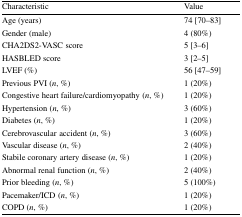
<table><thead><tr><td><b>Characteristic</b></td><td><b>Value</b></td></tr></thead><tbody><tr><td>Age (years)</td><td>74 [70–83]</td></tr><tr><td>Gender (male)</td><td>4 (80%)</td></tr><tr><td>CHA2DS2-VASC score</td><td>5 [3–6]</td></tr><tr><td>HASBLED score</td><td>3 [2–5]</td></tr><tr><td>LVEF (%)</td><td>56 [47–59]</td></tr><tr><td>Previous PVI (<i>n</i>, %)</td><td>1 (20%)</td></tr><tr><td>Congestive heart failure/cardiomyopathy (<i>n</i>, %)</td><td>1 (20%)</td></tr><tr><td>Hypertension (<i>n</i>, %)</td><td>3 (60%)</td></tr><tr><td>Diabetes (<i>n</i>, %)</td><td>1 (20%)</td></tr><tr><td>Cerebrovascular accident (<i>n</i>, %)</td><td>3 (60%)</td></tr><tr><td>Vascular disease (<i>n</i>, %)</td><td>2 (40%)</td></tr><tr><td>Stabile coronary artery disease (<i>n</i>, %)</td><td>1 (20%)</td></tr><tr><td>Abnormal renal function (<i>n</i>, %)</td><td>2 (40%)</td></tr><tr><td>Prior bleeding (<i>n</i>, %)</td><td>5 (100%)</td></tr><tr><td>Pacemaker/ICD (<i>n</i>, %)</td><td>1 (20%)</td></tr><tr><td>COPD (<i>n</i>, %)</td><td>1 (20%)</td></tr></tbody></table>